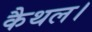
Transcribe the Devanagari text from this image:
कैथल।